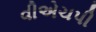
વીએચપી